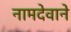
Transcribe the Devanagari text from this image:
नामदेवाने